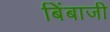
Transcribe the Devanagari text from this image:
बिंबाजी